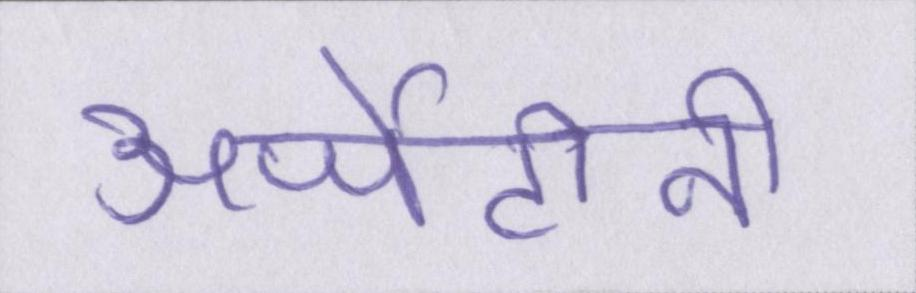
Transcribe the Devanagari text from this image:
अर्जेंटीनी